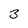
Character: 3